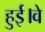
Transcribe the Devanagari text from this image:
हुई।वे